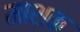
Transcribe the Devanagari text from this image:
माशक